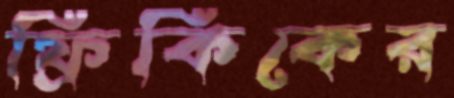
ফ্রিকিকের